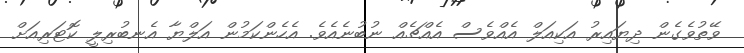
ވޭތުވެގެން ދިޔައިރު އަކިއަލް އެއްވެސް އެއްޗެއް ނުބުނެއެވެ. އެހެންކަމުން އަލްޔާ އެނބުރިލީ ކޮޓަރިއަށް